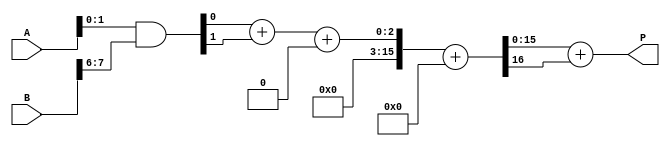
module radix4_wallace_multiplier #(parameter A_WIDTH = 8, B_WIDTH = 8)(
    input [A_WIDTH-1:0] A, // Multiplicand
    input [B_WIDTH-1:0] B, // Multiplier
    output reg [A_WIDTH + B_WIDTH - 1:0] P // Product
);

// Partial product generation
wire [A_WIDTH-1:0] pp [0:B_WIDTH/2-1]; // Partial products
genvar i;
generate
    for (i = 0; i < B_WIDTH/2; i = i + 1) begin: pp_gen
        assign pp[i] = A & {2{B[2*i +: 2]}};
    end
endgenerate

// Wallace tree reduction
wire [A_WIDTH + B_WIDTH - 1:0] sum [0:B_WIDTH/2-1]; // Sums
wire [A_WIDTH + B_WIDTH - 1:0] carry [0:B_WIDTH/2-1]; // Carries

// Reduction stage
generate
    for (i = 0; i < B_WIDTH/2; i = i + 1) begin: reduction
        if (i == 0) begin
            // First stage: Combine first three partial products
            assign {carry[i], sum[i]} = pp[i][0] + pp[i][1] + pp[i][2];
        end else begin
            // Subsequent stages
            assign {carry[i], sum[i]} = pp[i][0] + pp[i][1] + carry[i-1];
        end
    end
endgenerate

// Final addition
wire [A_WIDTH + B_WIDTH - 1:0] final_sum;
wire [A_WIDTH + B_WIDTH - 1:0] final_carry;

assign {final_carry, final_sum} = sum[B_WIDTH/2 - 1] + carry[B_WIDTH/2 - 1];

// Assign the final product
always @(*) begin
    P = final_sum + final_carry;
end

endmodule